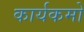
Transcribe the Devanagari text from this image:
कार्यकमो